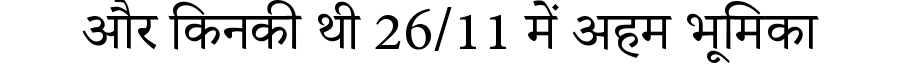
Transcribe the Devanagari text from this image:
और किनकी थी 26/11 में अहम भूमिका